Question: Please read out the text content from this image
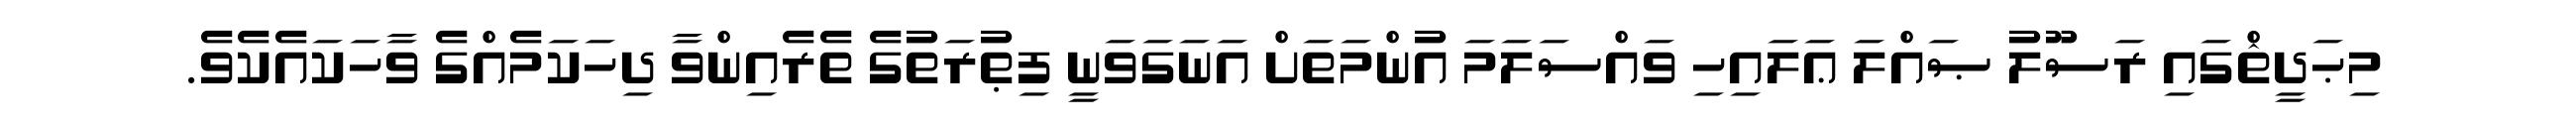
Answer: މިޙަދީޘްގައި ރަސޫލު ޞައްލަ ޢަލައިހި ވައްސަލަމަ އުންމަތަށް އަނަގަވަނީ ފިޠުރަތުގެ ތެރެއިންވާ ދިހަކަމެއްގެ ވާހަކައެކެވެ.